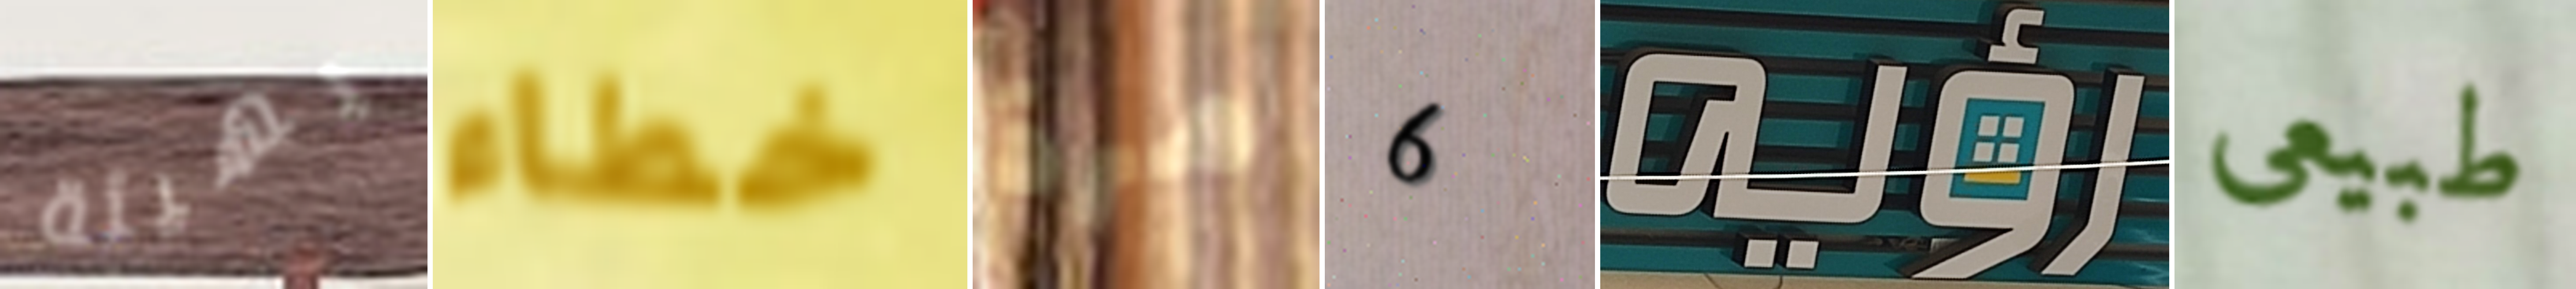
بهيئة خطاء مرة 6 رؤيه طبيعى